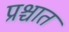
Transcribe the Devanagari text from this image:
प्रश्चात